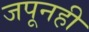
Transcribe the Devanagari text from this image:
जपूनही